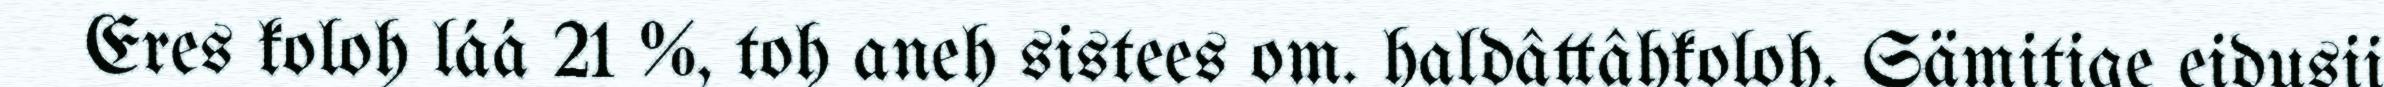
Eres koloh láá 21 %, toh aneh sistees om. haldâttâhkoloh. Sämitige eidusii